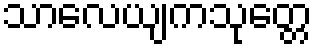
သာလေယျကသုတ္တေ